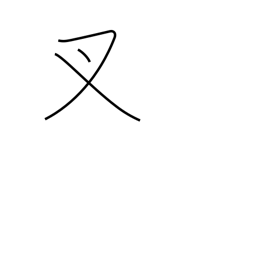
Meaning: crotch